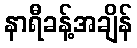
နာရီခန့်အချိန်